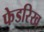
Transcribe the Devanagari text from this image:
फेडरिख